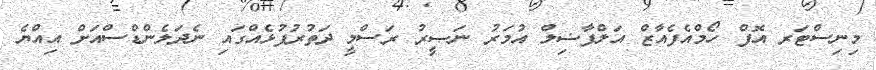
މިނިސްޓަރ އޮފް ހޯމްއެފެއާޒް އަލްފާޟިލް އުމަރު ނަޞީރު ރަަސްމީ ދަތުރުފުޅެއްގައި ނެދަލެންޑްސްއަށް އިއްޔެ